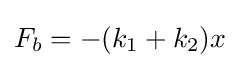
F_{b}=-(k_{1}+k_{2})x